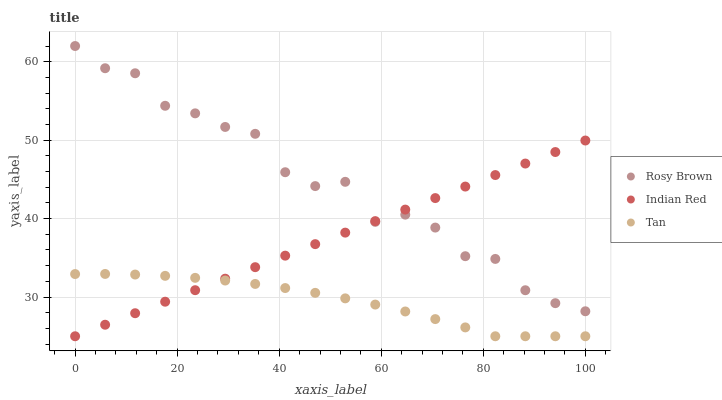
| xaxis_label | Rosy Brown | Indian Red | Tan |
 | --- | --- | --- | --- |
 | 0 | 62 | 25 | 32.9 |
 | 5.88 | 59.2 | 26.5 | 32.9 |
 | 11.8 | 58.5 | 27.9 | 32.9 |
 | 17.6 | 54.4 | 29.4 | 32.7 |
 | 23.5 | 53.4 | 30.9 | 32.4 |
 | 29.4 | 51.7 | 32.3 | 32.1 |
 | 35.3 | 50.8 | 33.8 | 31.7 |
 | 41.2 | 45.9 | 35.3 | 31.1 |
 | 47.1 | 44.1 | 36.7 | 30.5 |
 | 52.9 | 44.7 | 38.2 | 29.8 |
 | 58.8 | 39.6 | 39.7 | 29 |
 | 64.7 | 40.5 | 41.1 | 28.2 |
 | 70.6 | 38.9 | 42.6 | 27.2 |
 | 76.5 | 35.2 | 44.1 | 26.1 |
 | 82.4 | 34.9 | 45.5 | 25 |
 | 88.2 | 30.9 | 47 | 25 |
 | 94.1 | 29.2 | 48.5 | 25 |
 | 100 | 28.2 | 50 | 25 |